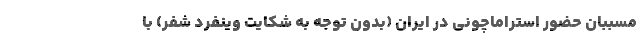
مسببان حضور استراماچونی در ایران (بدون توجه به شکایت وینفرد شفر) با